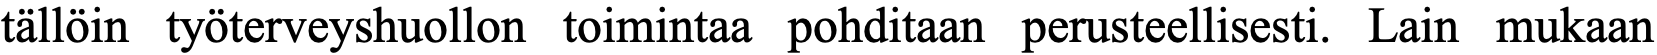
tällöin työterveyshuollon toimintaa pohditaan perusteellisesti. Lain mukaan